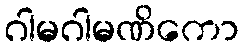
ဂါမဂါမဏိကော